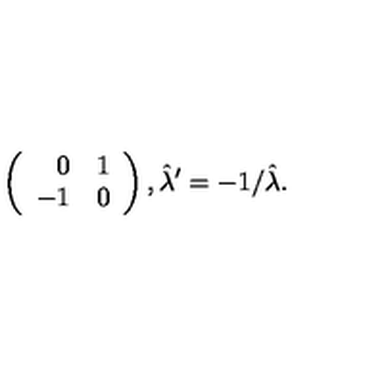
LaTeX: \left( \begin{array} { r r } { 0 } & { 1 } \\ { - 1 } & { 0 } \\ \end{array} \right) , \hat { \lambda } ^ { \prime } = - 1 / \hat { \lambda } .